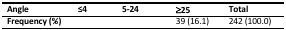
<table><thead><tr><td><b>Angle</b></td><td><b>≤4</b></td><td><b>5-24</b></td><td><b>≥25</b></td><td colspan="2"><b>Total</b></td></tr></thead><tbody><tr><td><b>Frequency (%)</b></td><td>[EMPTY_CELL]</td><td>[EMPTY_CELL]</td><td colspan="2">39 (16.1)</td><td>242 (100.0)</td></tr></tbody></table>